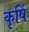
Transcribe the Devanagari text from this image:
कृषिं